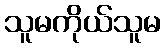
သူမကိုယ်သူမ